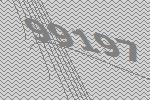
99197